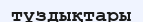
тұздықтары